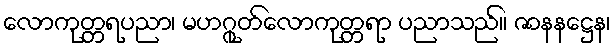
လောကုတ္တရပညာ၊ မဟဂ္ဂုတ်လောကုတ္တရာ ပညာသည်။ ဇာနနဋ္ဌေန၊